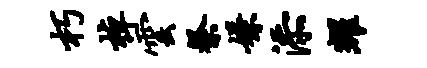
朽棹云祭嫌添耀